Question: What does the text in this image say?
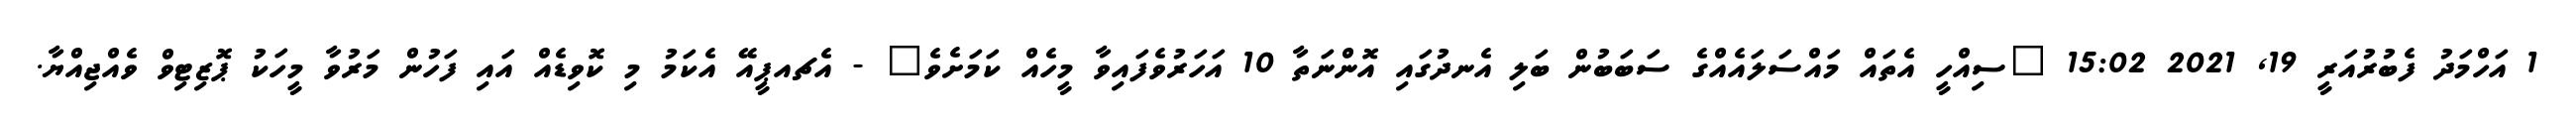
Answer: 1 އަހްމަދު ފެބުރުއަރީ 19, 2021 15:02 "ސިއްހީ އެތައް މައްސަލައެއްގެ ސަބަބުން ބަލި އެނދުގައި އޮންނަތާ 10 އަހަރުވެފައިވާ މީހެއް ކަމަށެވެ" - އެޗއޕީއޭ އެކަމު މި ކޮވިޑެއް އައި ފަހުން މަރުވާ މީހަކު ޕޮޒިޓިވް ވެއްޖިއްޔާ.